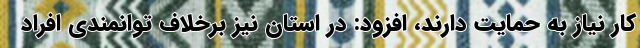
کار نیاز به حمایت دارند، افزود: در استان نیز برخلاف توانمندی افراد